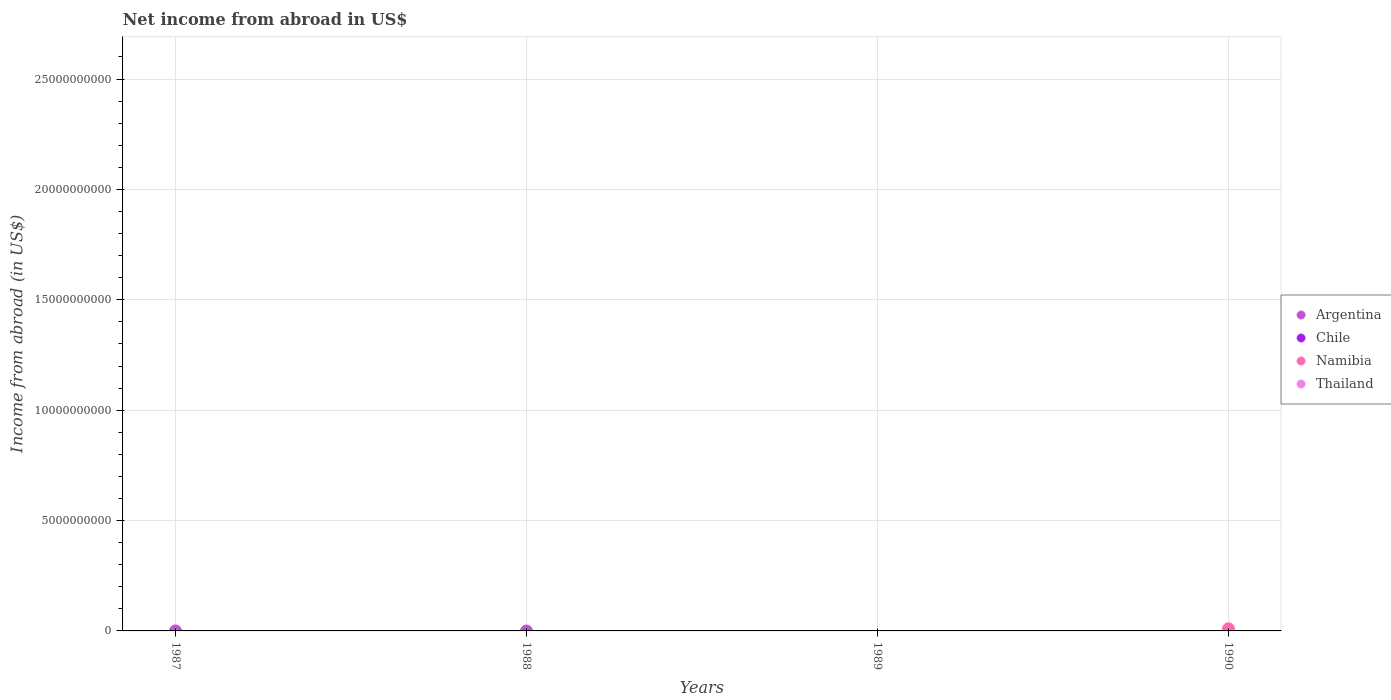
| Years | Argentina | Chile | Namibia | Thailand |
 | --- | --- | --- | --- | --- |
 | 1987 | -1.08e+06 | -3.84e+11 | -2.17e+08 | -2.24e+10 |
 | 1988 | -4.83e+06 | -4.85e+11 | -5.95e+08 | -2.48e+10 |
 | 1989 | -2.72e+08 | -5.32e+11 | -3.41e+08 | -2.37e+10 |
 | 1990 | -3.02e+09 | -5.36e+11 | 9.7e+07 | -2.74e+10 |